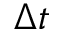
\Delta t